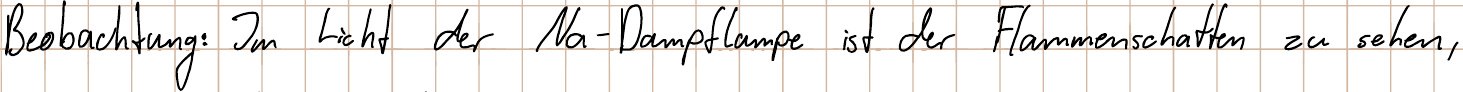
Beobachtung: Im Licht der Na-Dampflampe ist der Flammenschatten zu sehen,